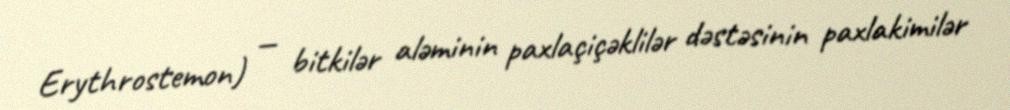
Erythrostemon) — bitkilər aləminin paxlaçiçəklilər dəstəsinin paxlakimilər